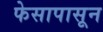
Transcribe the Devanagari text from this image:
फेसापासून